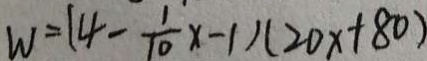
W = ( 4 - \frac { 1 } { 1 0 } x - 1 ) ( 2 0 x + 8 0 )